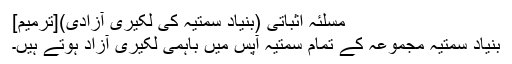
مسلئہ اثباتی (بنیاد سمتیہ کی لکیری آزادی)[ترمیم]
بنیاد سمتیہ مجموعہ کے تمام سمتیہ آپس میں باہمی لکیری آزاد ہوتے ہیں۔